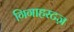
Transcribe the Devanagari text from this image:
गिगाहरटज़